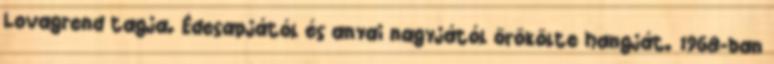
Lovagrend tagja. Édesapjától és anyai nagyjától örökölte hangját. 1968-ban